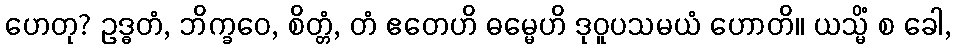
ဟေတု? ဥဒ္ဓတံ, ဘိက္ခဝေ, စိတ္တံ, တံ ဧတေဟိ ဓမ္မေဟိ ဒုဝူပသမယံ ဟောတိ။ ယသ္မိံ စ ခေါ,